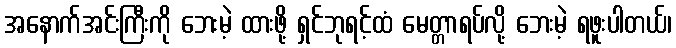
အနောက်အင်းကြီးကို ဘေးမဲ့ ထားဖို့ ရှင်ဘုရင့်ထံ မေတ္တာရပ်လို့ ဘေးမဲ့ ရဖူးပါတယ်၊